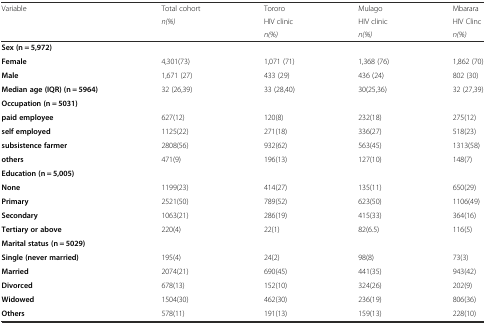
| <ROWSPAN=3> Variable | Total cohort | Tororo | Mulago | Mbarara |
 | n(%) | HIV clinic | HIV clinic | HIV Clinc |
 |  | n(%) | n(%) | n(%) |
 | --- | --- | --- | --- | --- |
 | Sex (n = 5,972) |  |  |  |  |
 | Female | 4,301(73) | 1,071 (71) | 1,368 (76) | 1,862 (70) |
 | Male | 1,671 (27) | 433 (29) | 436 (24) | 802 (30) |
 | Median age (IQR) (n = 5964) | 32 (26,39) | 33 (28,40) | 30(25,36) | 32 (27,39) |
 | Occupation (n = 5031) |  |  |  |  |
 | paid employee | 627(12) | 120(8) | 232(18) | 275(12) |
 | self employed | 1125(22) | 271(18) | 336(27) | 518(23) |
 | subsistence farmer | 2808(56) | 932(62) | 563(45) | 1313(58) |
 | others | 471(9) | 196(13) | 127(10) | 148(7) |
 | Education (n = 5,005) |  |  |  |  |
 | None | 1199(23) | 414(27) | 135(11) | 650(29) |
 | Primary | 2521(50) | 789(52) | 623(50) | 1106(49) |
 | Secondary | 1063(21) | 286(19) | 415(33) | 364(16) |
 | Tertiary or above | 220(4) | 22(1) | 82(6.5) | 116(5) |
 | Marital status (n = 5029) |  |  |  |  |
 | Single (never married) | 195(4) | 24(2) | 98(8) | 73(3) |
 | Married | 2074(21) | 690(45) | 441(35) | 943(42) |
 | Divorced | 678(13) | 152(10) | 324(26) | 202(9) |
 | Widowed | 1504(30) | 462(30) | 236(19) | 806(36) |
 | Others | 578(11) | 191(13) | 159(13) | 228(10) |